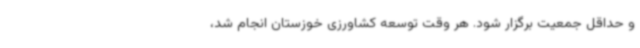
و حداقل جمعیت برگزار شود. هر وقت توسعه کشاورزی خوزستان انجام شد،